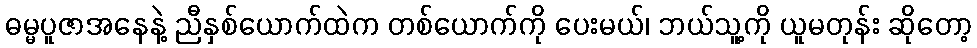
ဓမ္မပူဇာအနေနဲ့ ညီနှစ်ယောက်ထဲက တစ်ယောက်ကို ပေးမယ်၊ ဘယ်သူ့ကို ယူမတုန်း ဆိုတော့